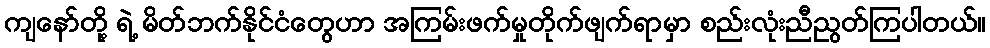
ကျနော်တို့ ရဲ့ မိတ်ဘက်နိုင်ငံတွေဟာ အကြမ်းဖက်မှုတိုက်ဖျက်ရာမှာ စည်းလုံးညီညွတ်ကြပါတယ်။